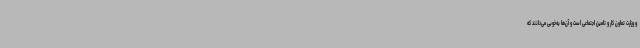
و وزارت تعاون کار و تامین اجتماعی است و آن‌ها به‌خوبی می‌دانند که